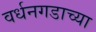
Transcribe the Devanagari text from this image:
वर्धनगडाच्या